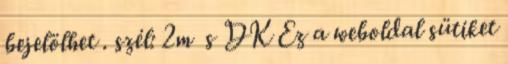
bejelölhet . szél: 2m s DK Ez a weboldal sütiket